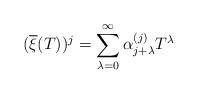
LaTeX: \begin{align*}(\overline{\xi}(T))^j = \sum_{\lambda =0}^{\infty} \alpha_{j + \lambda}^{(j)} T^\lambda\end{align*}